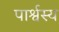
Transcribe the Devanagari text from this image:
पार्श्वस्य